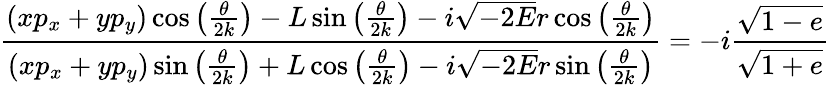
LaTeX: \frac{(xp_{x}+yp_{y})\cos\left(\frac{\theta}{2k}\right)-L\sin\left(\frac{\theta}{2k}\right)-i\sqrt{-2E}r\cos\left(\frac{\theta}{2k}\right)}{(xp_{x}+yp_{y})\sin\left(\frac{\theta}{2k}\right)+L\cos\left(\frac{\theta}{2k}\right)-i\sqrt{-2E}r\sin\left(\frac{\theta}{2k}\right)}=-i\frac{\sqrt{1-e}}{\sqrt{1+e}}